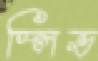
স্লিভ